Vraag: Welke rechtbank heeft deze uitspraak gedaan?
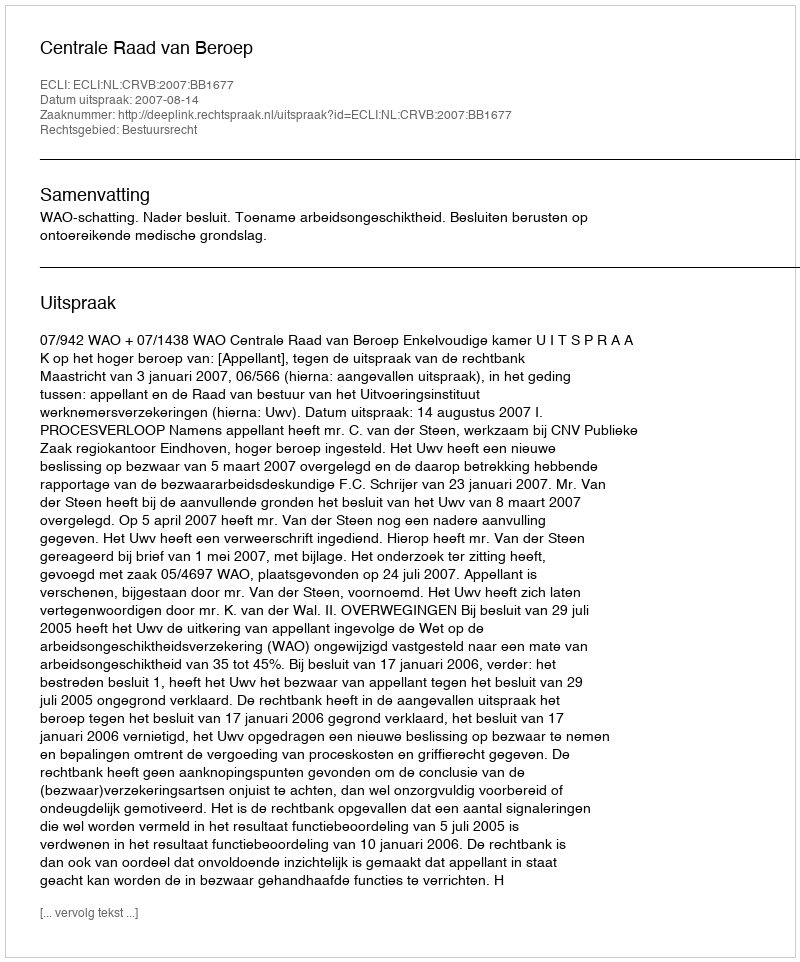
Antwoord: Centrale Raad van Beroep